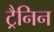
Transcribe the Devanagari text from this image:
ट्रैनिन